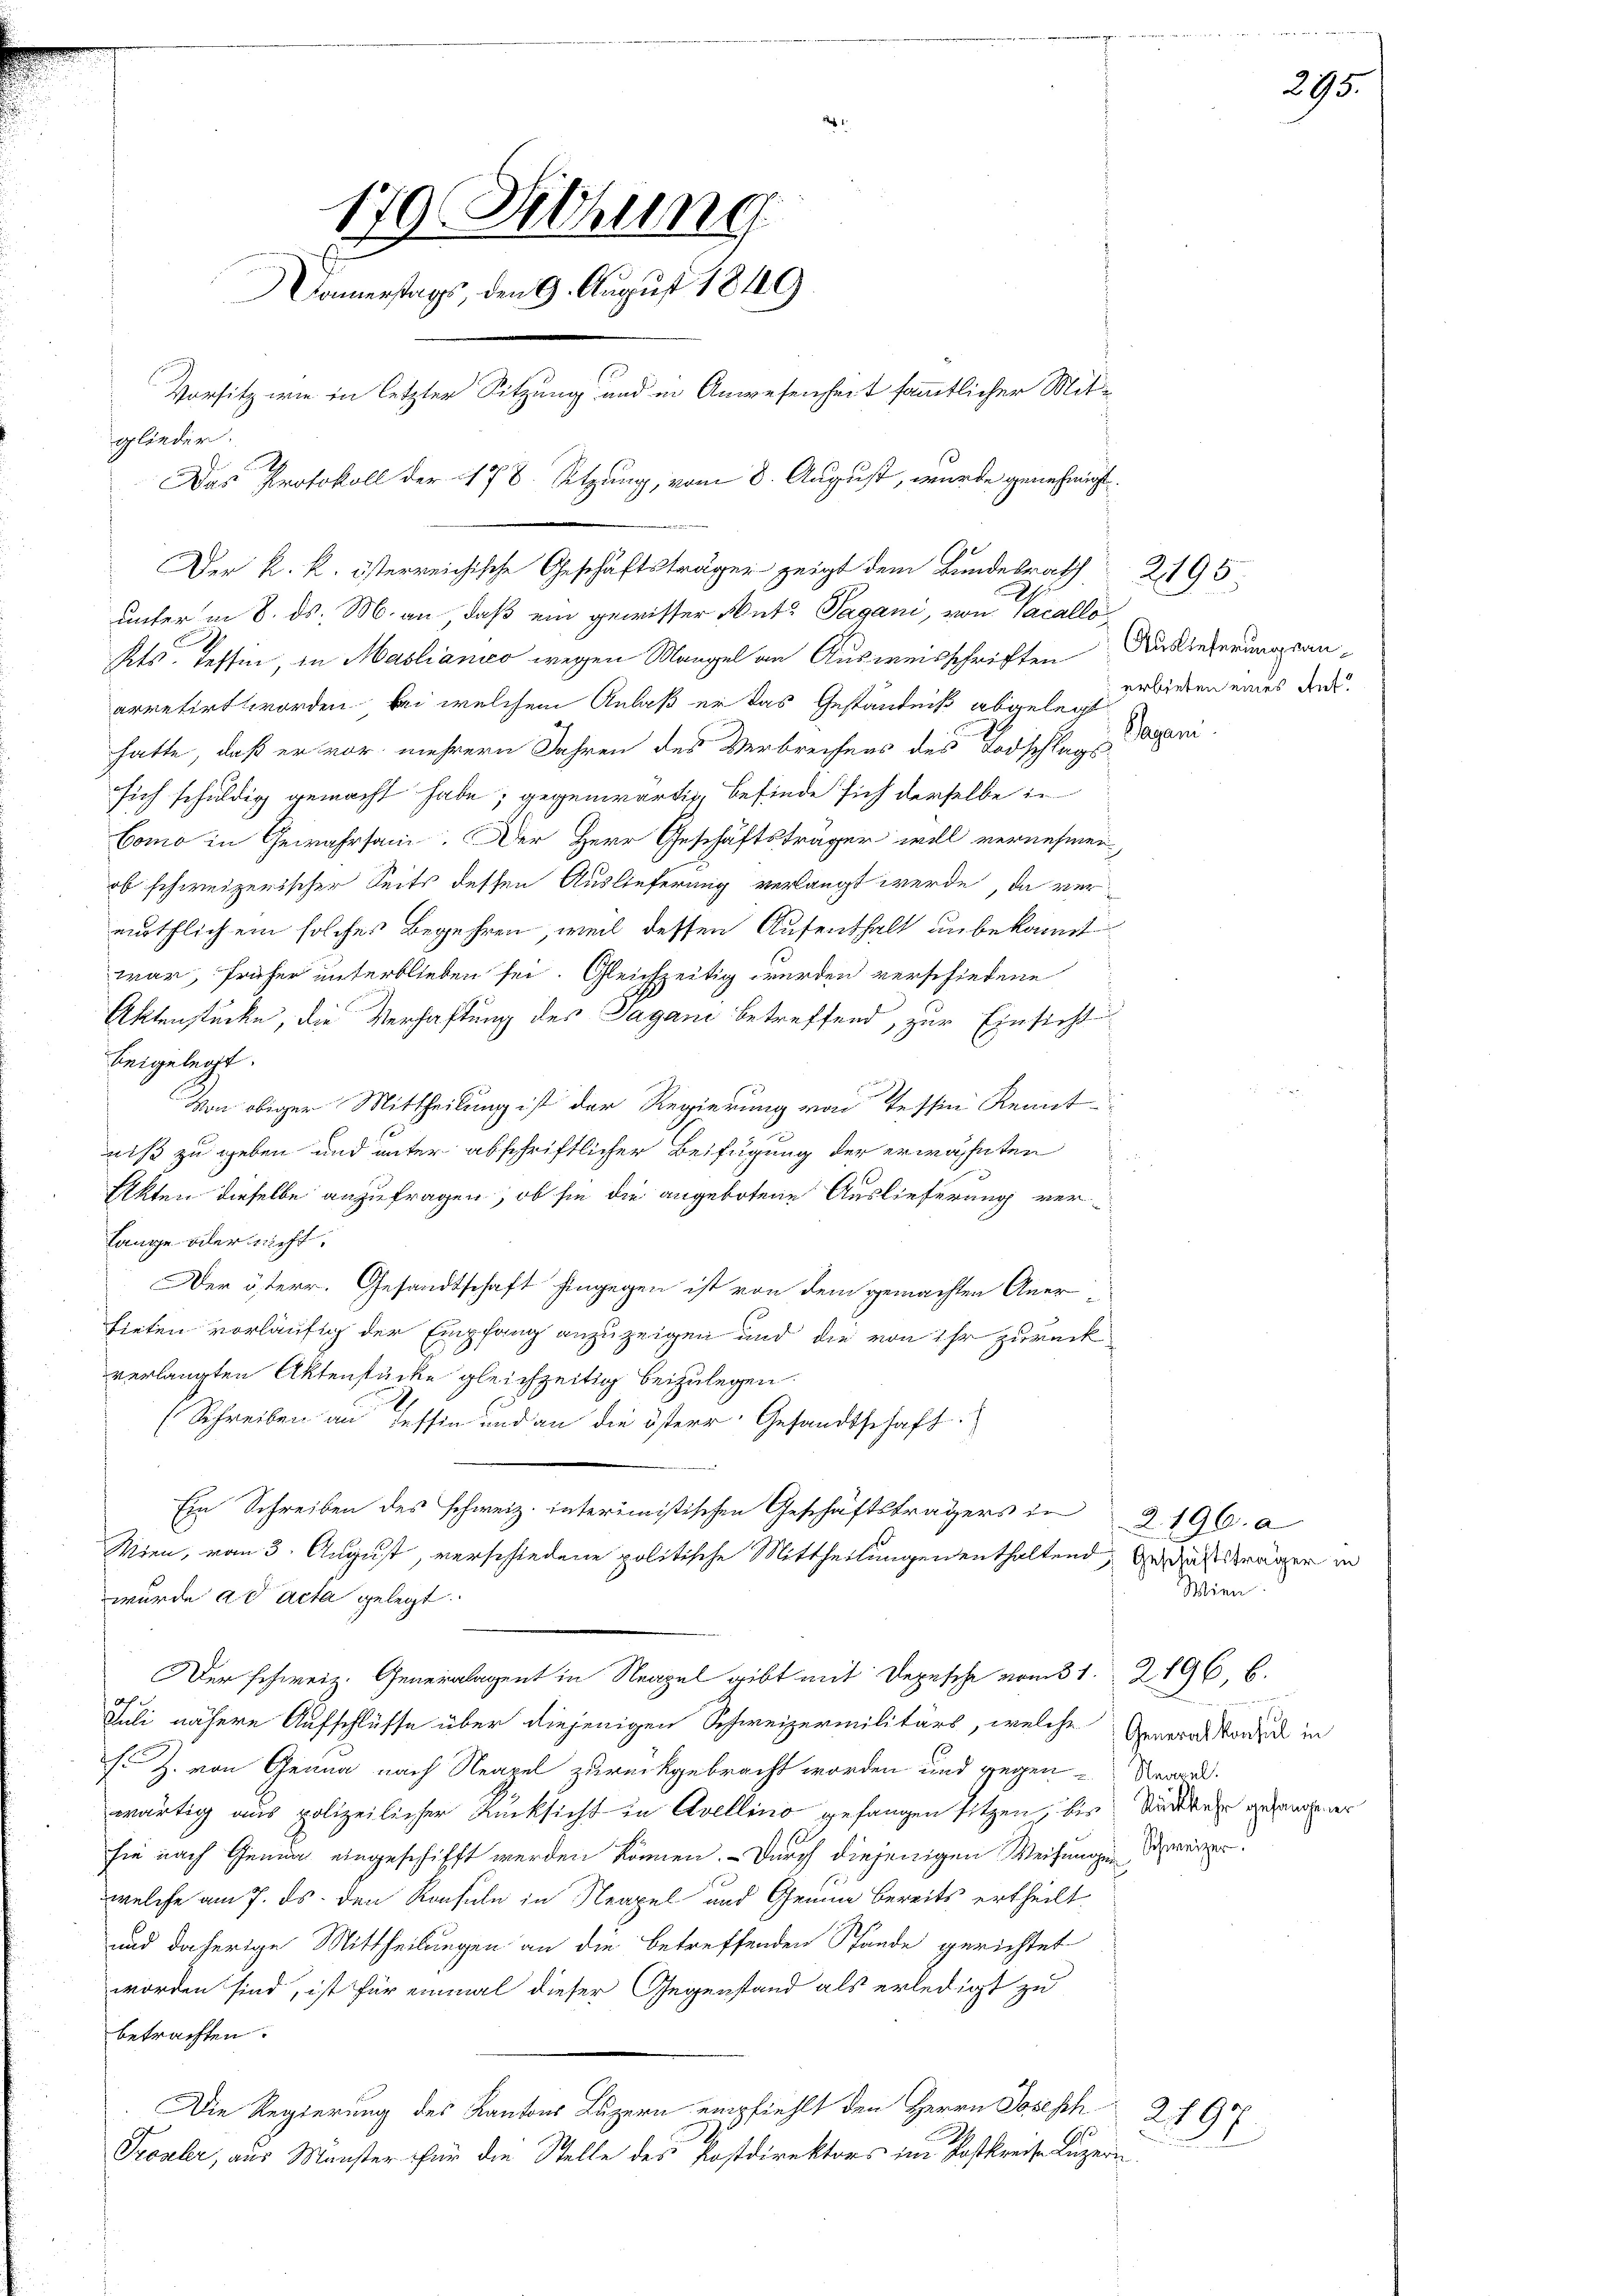
1
170. Sitzung
omerstags, den 9. August 1849
Vorsitz wie in letzter Sitzung und in Anwesenheit sämmtlicher Mitglieder.
Das Protokoll der 478. Sitzung, vom 8. August, wurde genehmigt
Der k. k. österreichische Geschäftsträger zeigt dem Bundesrath 21195;

arretirt worden bei welchem Anlaß er das Geständniß abgelegt
hatte, daß er vor mehrern Jahren des Verbrechens des Todschlags
sich schuldig gemacht habe, gegenwärtig, befinde sich derselbe in
Como in Gewahrsam. Der Herr Geschäftsträger will vernehmen,
ob schweizerischer Seits dessen Auslieferung verlangt werde, da vermuthlichem solches Begehren, weil dessen Aufenthalt unbekannt
war, früher unterblieben sei. Gleichzeitig wurden verschiedene
Aktenstücke, die Verhaftung des Sagani betreffend, zur Einsicht
beigelegt.
Von obiger Mittheilung ist der Regierung von Tessin Kennt-
niß zu geben und unter abschriftlicher Beifügung der erwähnten
Akten dieselbe anzufragen, ob sie die angebotene Auslieferung ver¬
Lange oder nicht.
Der österr. Gesandtschaft hingegen ist von dem gemachten Anerfieten vorläufig der Empfang anzuzeigen und die von ihr zurückverlangten Aktenstücke gleichzeitig beizulegen.
(Schreiben an Tessin und an die österr. Gesandtschaft.
Ein Schreiben des schweiz. Interimistischen Geschäftsträgers in
Wien, vom 3. August, verschiedene politische Mittheilungen enthaltend, Geschäftsträger in
wurde ad acta gelegt.
Der schweiz. Generalagent in Neapel gibt mit Depesche vom 31. 2196. 6.
Juli nähere Aufschlüsse über diejenigen Schweizermilitärs, welche
Fr Z. von Genua nach Neapel zurückgebracht worden und gegen Repart.
wärtig aus polizeilicher Rücksicht in Avellino gefangen sitzen, bis Sidler gesangener
sie nach Genua eingeschifft werden können. Durch diejenigen Weisungen dreizerwelche am 7. ds. den Konsuln in Neapel und Gemme bereits ertheilt
und daherige Mittheilungen an die betreffenden Stände gerichtet
worden sind, ist für einmal dieser Gegenstand als erledigt zu
betrachten.
Die Regierung des Kantons Luzern empfiehlt den Herrn Joseph   297
Fronler, aus Münster für die Stelle des Postdirektors im Postkreise Luzern

unter in 8. ds. M. an, daß ein gewisser Muts Pagani, von Vacallo¬
Kts. Tessin, in Mastianico wegen Mangel an Ausweisschriften Auslieferungsan¬

295.

erbieten eines Ant

agan

2196. a
Wien.
ne. Weisen we
Generalkonsul in